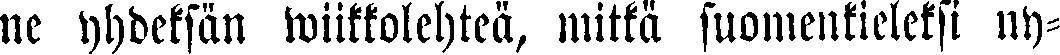
ne yhdeksän wiikkolehteä, mitkä suomenkieleksi ny-